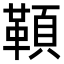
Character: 𩔈